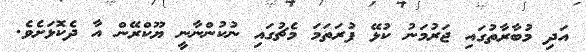
އަދި މުބާރާތުގައި ޖަރުމަނު ކުޅޭ ފުރަތަމަ މެޗުގައި ނުކުންނާނީ ޔޫކްރޭން އާ ދެކޮޅަށެވެ.